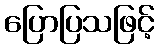
ပြောပြသဖြင့်